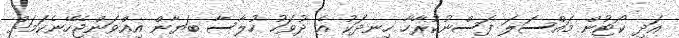
އަދި ކޯޓުން މައްސަލަ ފަސްނުކުރާހާ ހިނދަކު އެ ދުވަހު ހުލާސާ ބަޔާން އިއްވަންޖެހޭނެކަމަށް